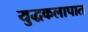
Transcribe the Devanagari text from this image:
युद्धकलापात